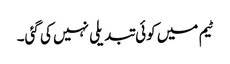
ٹیم میں کوئی تبدیلی نہیں کی گئی۔